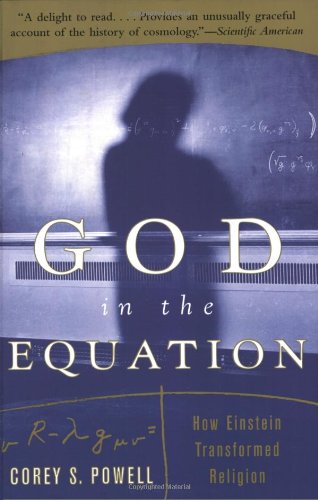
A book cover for God in the Equation : How Einstein Transformed Religion; Corey Powell; Religion & Spirituality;